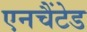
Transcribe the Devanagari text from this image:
एनचैंटेड